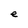
Character: e